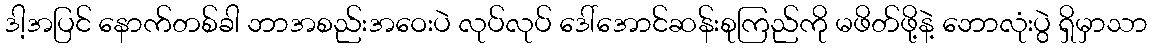
ဒါ့အပြင် နောက်တစ်ခါ ဘာအစည်းအဝေးပဲ လုပ်လုပ် ဒေါ်အောင်ဆန်းစုကြည်ကို မဖိတ်ဖို့နဲ့ ဘောလုံးပွဲ ရှိမှာသာ